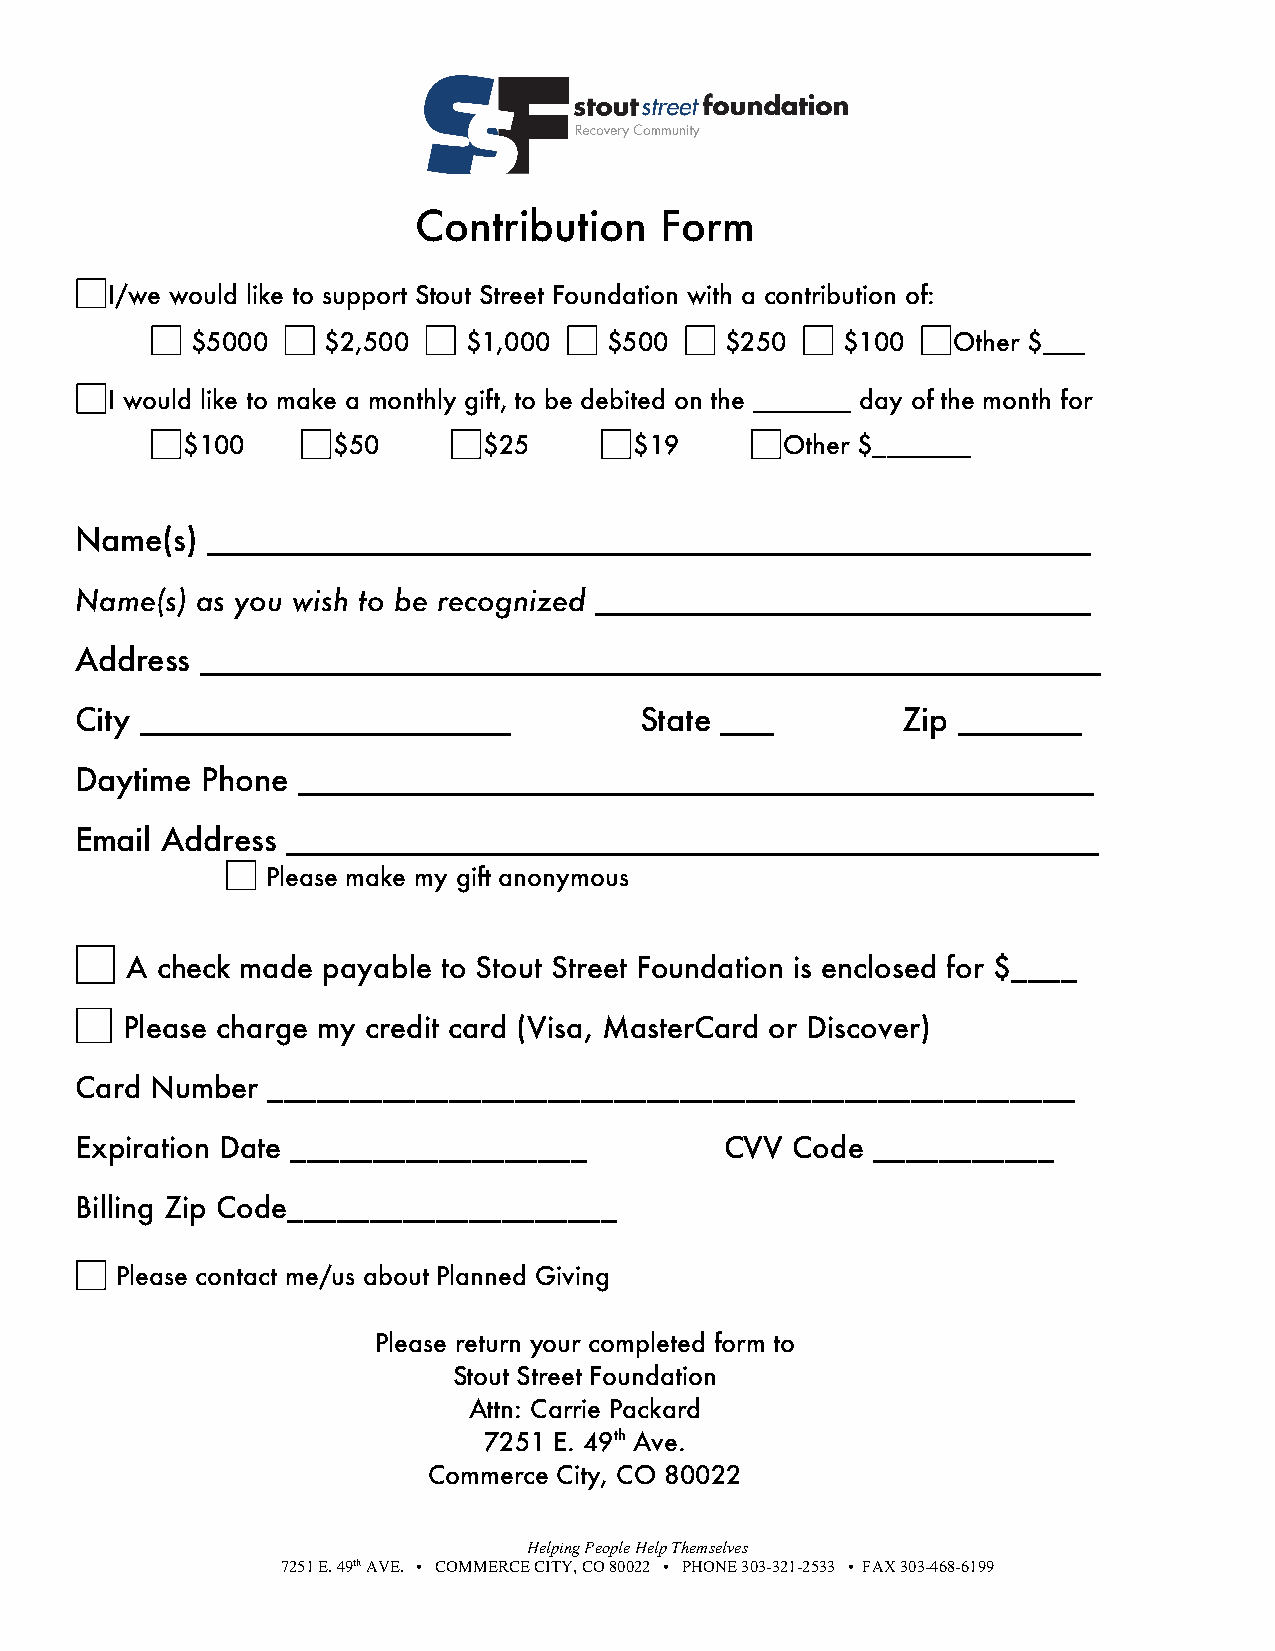
Contribution     Form
 I/we would like to support Stout Street Foundation with a contribution of:
 $5000   $2,500    $1,000   $500    $250    $100   Other $___
 I would like to make a monthly gift, to be debited on the _______ day of the month for
 $100      $50       $25       $19       Other $_______
 Name(s)  __________________________________________________
 Name(s) as you wish to be recognized ____________________________
 Address ___________________________________________________
 City _____________________           State ___         Zip _______
 Daytime Phone  _____________________________________________
 Email Address ______________________________________________
 Please make my gift anonymous
 A check made payable to Stout Street Foundation is enclosed for $____
 Please charge my credit card (Visa, MasterCard or Discover)
 Card Number  _________________________________________________
 Expiration Date __________________         CVV Code  ___________
 Billing Zip Code____________________
 Please contact me/us about Planned Giving
 Please return your completed form to
 Stout Street Foundation
 Attn: Carrie Packard
 7251 E. 49th Ave.
 Commerce City, CO 80022
 Helping People Help Themselves
 7251 E. 49th AVE. • COMMERCE CITY, CO 80022 • PHONE 303-321-2533 • FAX 303-468-6199